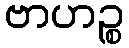
ဗာဟဉ္စ